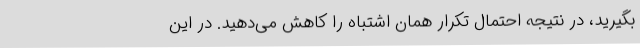
بگیرید، در نتیجه احتمال تکرار همان اشتباه را کاهش می‌دهید. در این